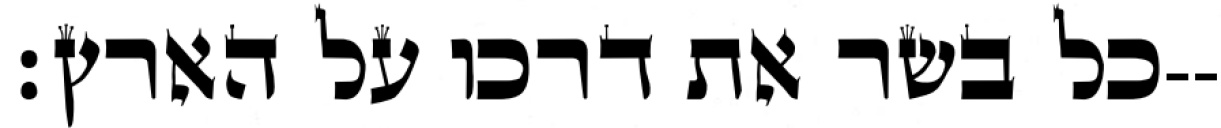
כל בשר את דרכו על הארץ׃--